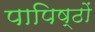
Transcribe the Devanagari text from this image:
पापिष्ठों